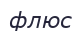
флюс